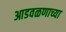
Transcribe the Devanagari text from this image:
आडवळणाच्या